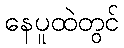
နေပူထဲတွင်